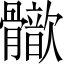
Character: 𩪢